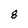
Character: 8